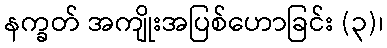
နက္ခတ် အကျိုးအပြစ်ဟောခြင်း (၃)၊